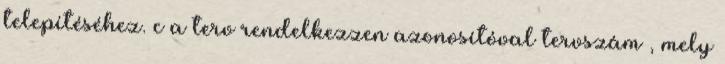
telepítéséhez. c a terv rendelkezzen azonosítóval tervszám , mely